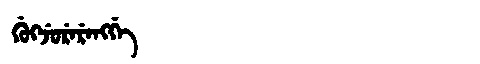
Manchu: ᡤᡠᡴᠵᡠᡵᡝᡵᡝᠩᡤᡝ
Romanization: GUKJURERENGGE